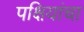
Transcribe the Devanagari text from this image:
पक्षियांचा